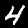
Digit: 4